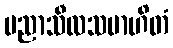
ပညာသီလသမာဟိတံ